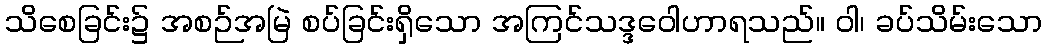
သိစေခြင်း၌ အစဉ်အမြဲ စပ်ခြင်းရှိသော အကြင်သဒ္ဒဝေါဟာရသည်။ ဝါ၊ ခပ်သိမ်းသော